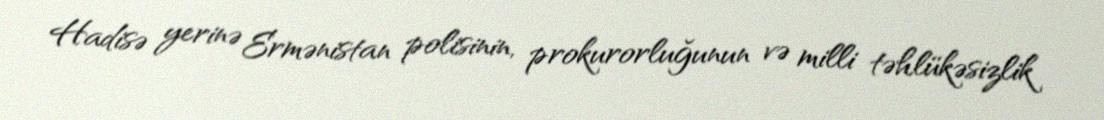
Hadisə yerinə Ermənistan polisinin, prokurorluğunun və milli təhlükəsizlik